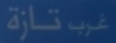
تازة غرب